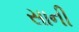
સાની